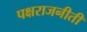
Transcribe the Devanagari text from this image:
पक्षराजनीती